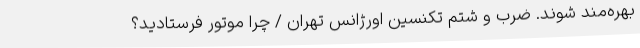
بهره‌مند شوند. ضرب و شتم تکنسین اورژانس تهران / چرا موتور فرستادید؟